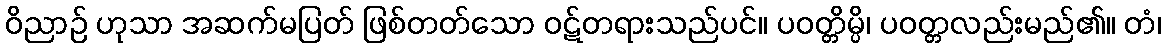
ဝိညာဉ် ဟုသာ အဆက်မပြတ် ဖြစ်တတ်သော ဝဋ်တရားသည်ပင်။ ပဝတ္တိမ္ပိ၊ ပဝတ္တလည်းမည်၏။ တံ၊